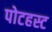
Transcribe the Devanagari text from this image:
पोटहस्ट